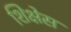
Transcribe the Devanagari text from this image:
शिक्षेस